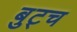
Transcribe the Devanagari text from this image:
बुट्च